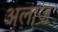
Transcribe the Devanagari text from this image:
अलाज